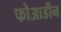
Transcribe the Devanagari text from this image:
फोआडीन